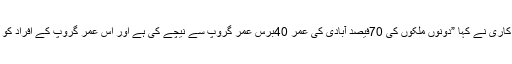
سعودی وزیر کامرس و سرمایہ کاری نے کہا ”دونوں ملکوں کی 70فیصد آبادی کی عمر 40برس عمر گروپ سے نیچے کی ہے اور اس عمر گروپ کے افراد کو ٹکنالوجی سے کافی دلچسپی ہے۔